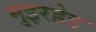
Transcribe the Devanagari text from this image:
मुइरहेड